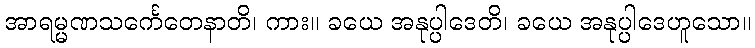
အာရမ္မဏသင်္ကေတေနာတိ၊ ကား။ ခယေ အနုပ္ပါဒေတိ၊ ခယေ အနုပ္ပါဒေဟူသော။